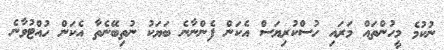
ނުކުމެ މީހުންތައް މަރައި ހުސްކުރިޔަސް އެކަން ފެންނާނެ ބަޔަކު ނުތިބޭނެތާ އެކަން ހުއްޓުވާނެ